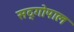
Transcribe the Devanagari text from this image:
सद्‍गोपाल